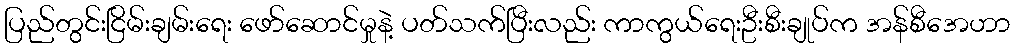
ပြည်တွင်းငြိမ်းချမ်းရေး ဖော်ဆောင်မှုနဲ့ ပတ်သက်ပြီးလည်း ကာကွယ်ရေးဦးစီးချုပ်က အန်စီအေဟာ